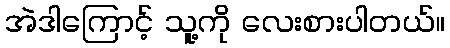
အဲဒါကြောင့် သူ့ကို လေးစားပါတယ်။